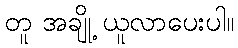
တူ အချို့ ယူလာပေးပါ။